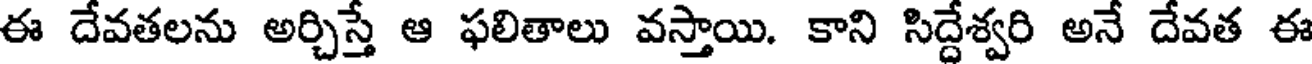
ఈ దేవతలను అర్చిస్తే ఆ ఫలితాలు వస్తాయి. కాని సిద్దేశ్వరి అనే దేవత ఈ